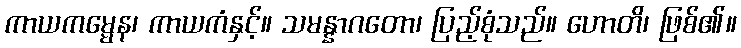
ကာယကမ္မေန၊ ကာယကံနှင့်။ သမန္နာဂတော၊ ပြည့်စုံသည်။ ဟောတိ၊ ဖြစ်၏။